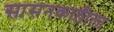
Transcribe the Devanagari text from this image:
सासनकाठीला